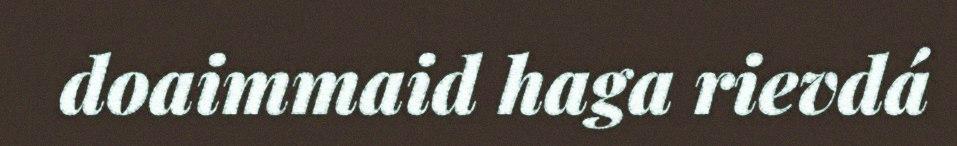
doaimmaid haga rievdá